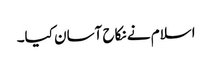
اسلام نے نکاح آسان کیا۔